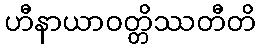
ဟီနာယာဝတ္တိဿတီတိ